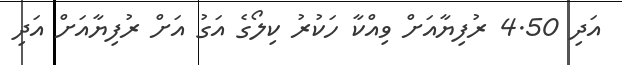
އަދި 4.50 ރުފިޔާއަށް ވިއްކާ ހަކުރު ކިލޯގެ އަގު އަށް ރުފިޔާއަށް އަދި